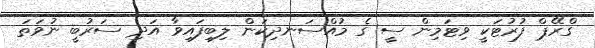
ގްރޭޕް ފުރުޓަކީ ވިޓަމިން ސީ ގެ މުއްސަނދިކަން ލިބިފައިވާ އަދި ސަރުބީ ނުވަތަ